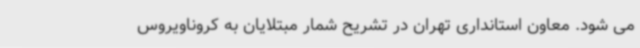
می شود. معاون استانداری تهران در تشریح شمار مبتلایان به کروناویروس